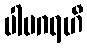
ပါပဂရဟီ